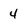
Character: 4